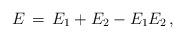
LaTeX: \begin{align*} E \,=\, E_1 + E_2 - E_1E_2\,,\end{align*}